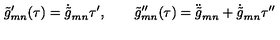
\tilde { g } _ { m n } ^ { \prime } ( \tau ) = \dot { \tilde { g } } _ { m n } \tau ^ { \prime } , \qquad \tilde { g } _ { m n } ^ { \prime \prime } ( \tau ) = \ddot { \tilde { g } } _ { m n } + \dot { \tilde { g } } _ { m n } \tau ^ { \prime \prime }